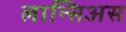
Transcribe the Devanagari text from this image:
लान्सिअस